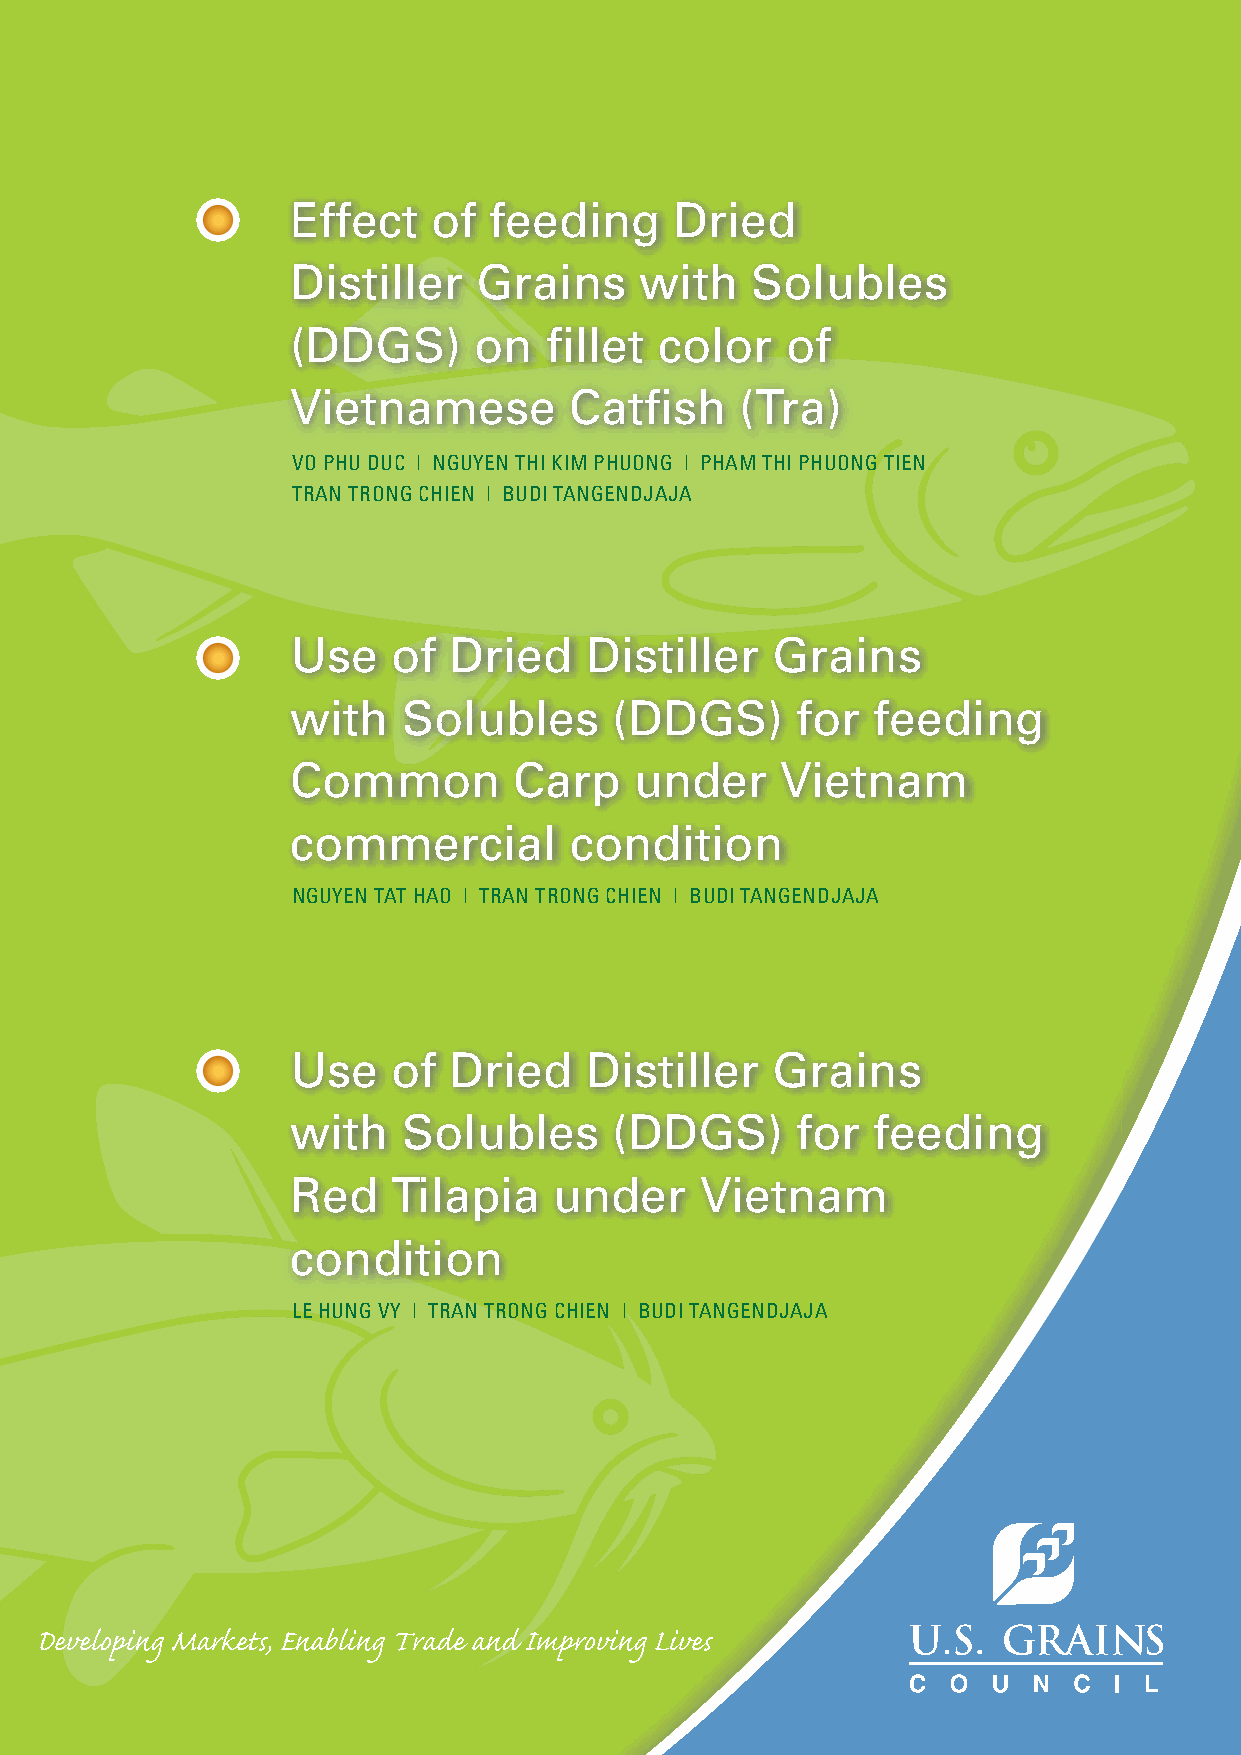
Effect    of feeding      Dried
 Distiller    Grains    with    Solubles
 (DDGS)      on   fillet  color   of
 Vietnamese         Catfish    (Tra)
 VO PHU DUC | NGUYEN THI KIM PHUONG | PHAM THI PHUONG TIEN
 TRAN TRONG CHIEN | BUDI TANGENDJAJA
 Use    of  Dried    Distiller   Grains
 with    Solubles      (DDGS)      for  feeding
 Common         Carp    under     Vietnam
 commercial         condition
 NGUYEN TAT HAO | TRAN TRONG CHIEN | BUDI TANGENDJAJA
 Use    of  Dried    Distiller   Grains
 with    Solubles      (DDGS)      for  feeding
 Red    Tilapia    under    Vietnam
 condition
 LE HUNG VY | TRAN TRONG CHIEN | BUDI TANGENDJAJA
 Developing Markets, Enabling Trade and Improving Lives